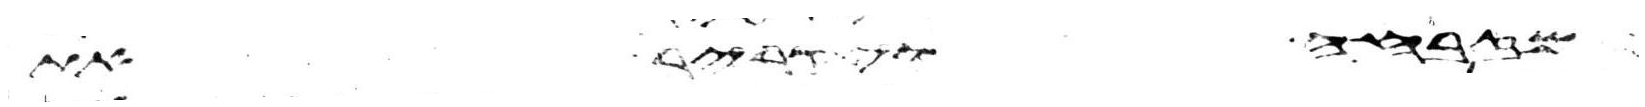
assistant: המזבחה ויקריב את